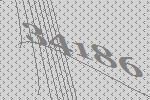
34186